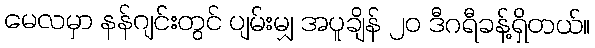
မေလမှာ နန်ဂျင်းတွင် ပျမ်းမျှ အပူချိန် ၂၀ ဒီဂရီခန့်ရှိတယ်။